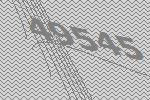
49545